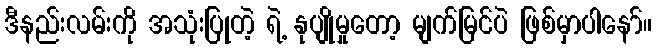
ဒီနည်းလမ်းကို အသုံးပြုတဲ့ ရဲ့ နုပျိုမှုတော့ မျက်မြင်ပဲ ဖြစ်မှာပါနော်။